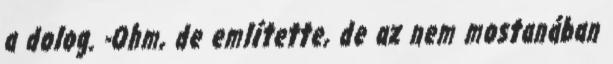
a dolog. -Ohm, de említette, de az nem mostanában